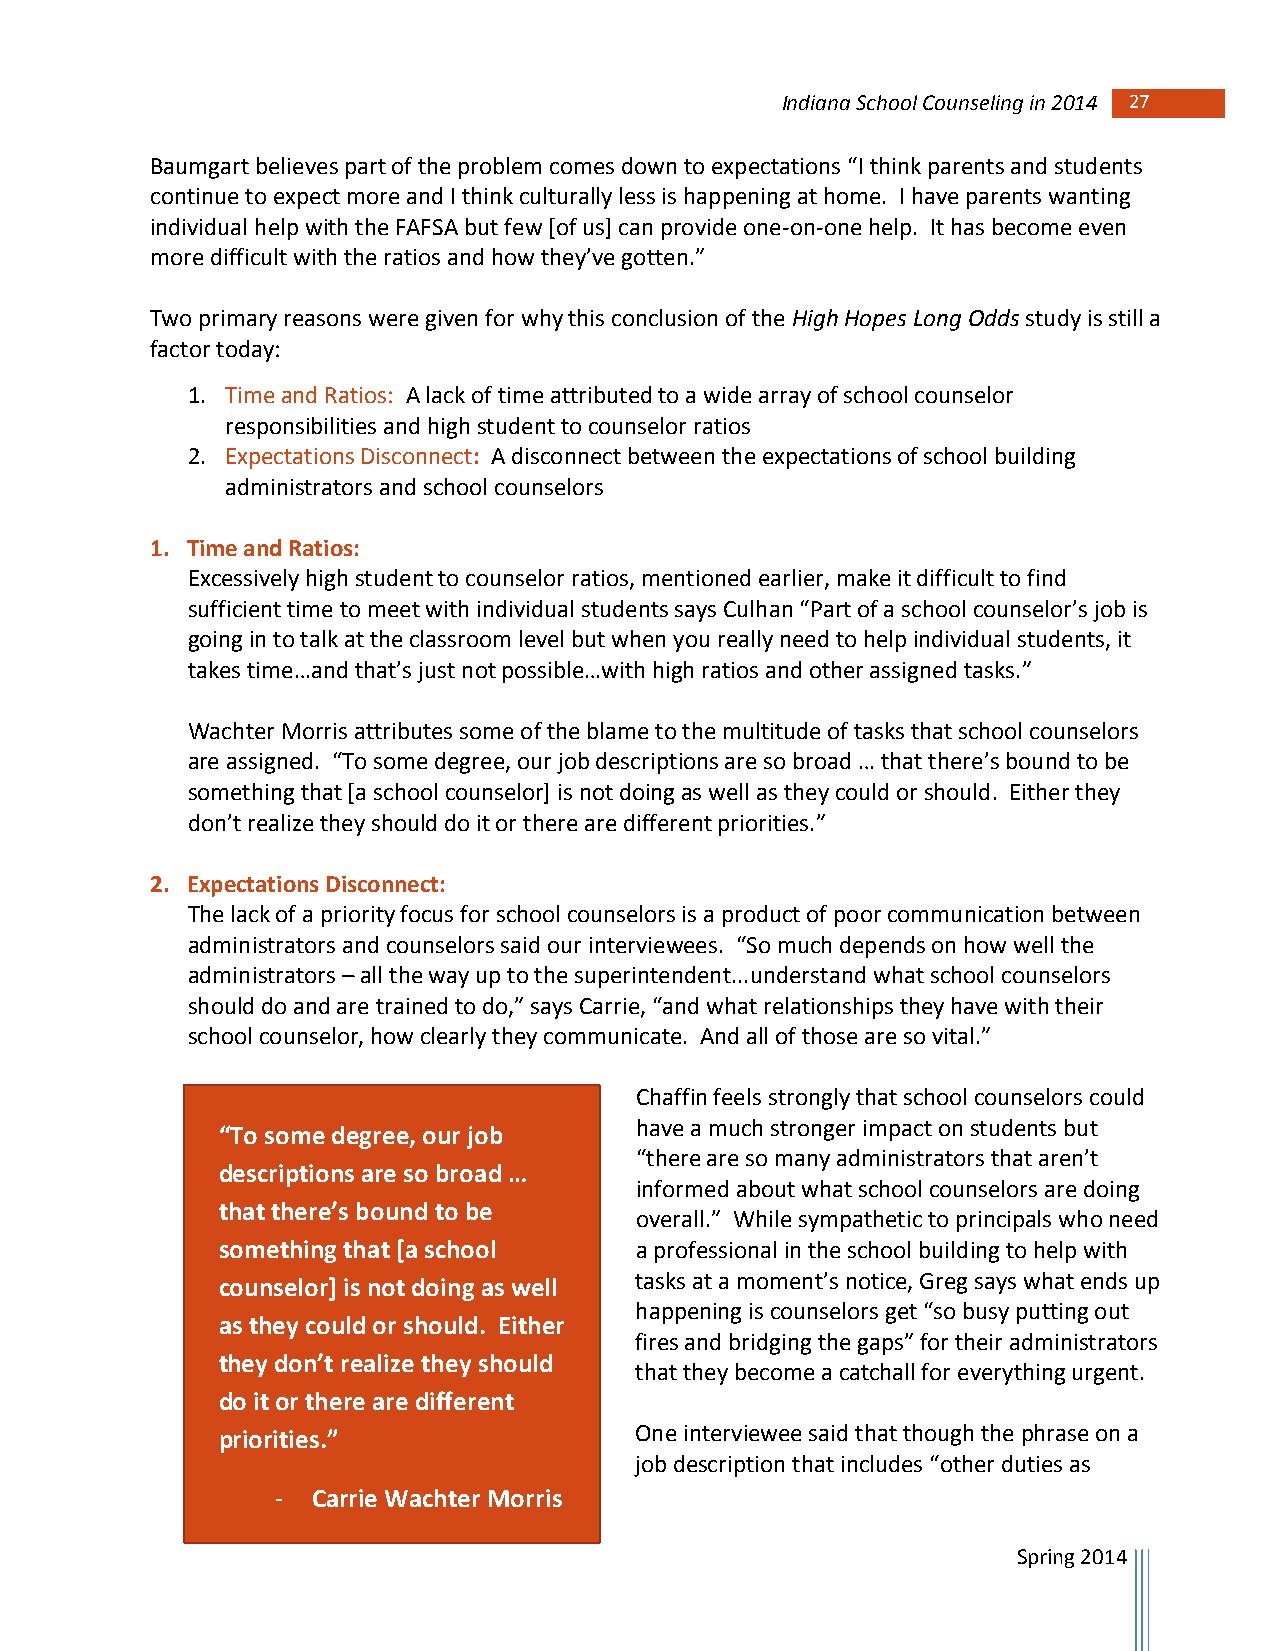
Indiana School Counseling in 2014 27
 Baumgart believes part of the problem comes down to expectations “I think parents and students
 continue to expect more and I think culturally less is happening at home. I have parents wanting
 individual help with the FAFSA but few [of us] can provide one-on-one help. It has become even
 more difficult with the ratios and how they’ve gotten.”
 Two primary reasons were given for why this conclusion of the High Hopes Long Odds study is still a
 factor today:
 1. Time and Ratios: A lack of time attributed to a wide array of school counselor
 responsibilities and high student to counselor ratios
 2. Expectations Disconnect: A disconnect between the expectations of school building
 administrators and school counselors
 1. Time and Ratios:
 Excessively high student to counselor ratios, mentioned earlier, make it difficult to find
 sufficient time to meet with individual students says Culhan “Part of a school counselor’s job is
 going in to talk at the classroom level but when you really need to help individual students, it
 takes time…and that’s just not possible…with high ratios and other assigned tasks.”
 Wachter Morris attributes some of the blame to the multitude of tasks that school counselors
 are assigned. “To some degree, our job descriptions are so broad … that there’s bound to be
 something that [a school counselor] is not doing as well as they could or should. Either they
 don’t realize they should do it or there are different priorities.”
 2. Expectations Disconnect:
 The lack of a priority focus for school counselors is a product of poor communication between
 administrators and counselors said our interviewees. “So much depends on how well the
 administrators – all the way up to the superintendent...understand what school counselors
 should do and are trained to do,” says Carrie, “and what relationships they have with their
 school counselor, how clearly they communicate. And all of those are so vital.”
 Chaffin feels strongly that school counselors could
 have a much stronger impact on students but
 “To some degree, our job
 “there are so many administrators that aren’t
 descriptions are so broad …
 informed about what school counselors are doing
 that there’s bound to be
 overall.” While sympathetic to principals who need
 something that [a school    a professional in the school building to help with
 counselor] is not doing as well tasks at a moment’s notice, Greg says what ends up
 happening is counselors get “so busy putting out
 as they could or should. Either
 fires and bridging the gaps” for their administrators
 they don’t realize they should
 that they become a catchall for everything urgent.
 do it or there are different
 priorities.”                One interviewee said that though the phrase on a
 job description that includes “other duties as
 -  Carrie Wachter Morris
 Spring 2014